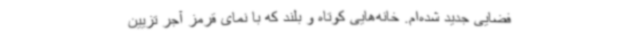
فضایی جدید شده‌ام. خانه‌هایی کوتاه و بلند که با نمای قرمز آجر تزیین